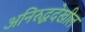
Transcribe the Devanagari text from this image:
अनिरुद्धदेखील